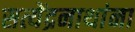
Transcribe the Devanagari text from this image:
सत्येंद्रनाथांना